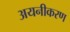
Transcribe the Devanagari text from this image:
अयनीकरण